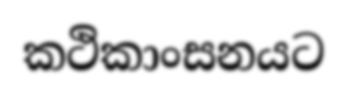
කථිකාංසනයට